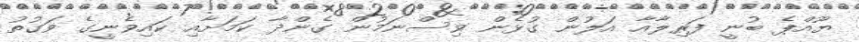
ޔޫއްޕެ ބުނީ ފަރިލާއާ އަލުން ގުޅެން ވިސްނަމުން ގެންދާ ކަމަށާއި ކައިވެނީގެ ވަގުތު